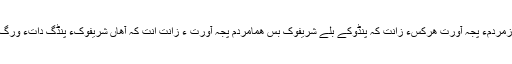
شریفوکءَ بازمردمءَ پجہ آورت ھرکسءَ زانت کہ پِنڈوکے بلے شَریفوک بس ھمامردم پجہ آورت ءُُ زانت اَنت کہ آھاں شریفوکءَ پِنڈگ داتءُُ ورگ اِش وارینت۔